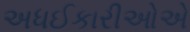
અધઈકારીઓએ